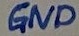
Text: GND